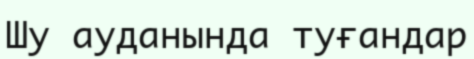
Шу ауданында туғандар